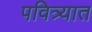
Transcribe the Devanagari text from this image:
पवित्र्यात